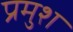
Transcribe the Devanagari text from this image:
प्रमुश